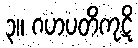
၃။ ဂဟပတိကုဋိ